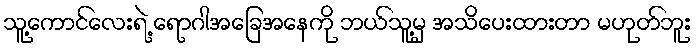
သူ့ကောင်လေးရဲ့ ရောဂါအခြေအနေကို ဘယ်သူ့မှ အသိပေးထားတာ မဟုတ်ဘူး